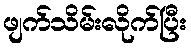
ဖျက်သိမ်းလိုက်ပြီး